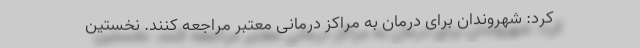
کرد: شهروندان برای درمان به مراکز درمانی معتبر مراجعه کنند. نخستین